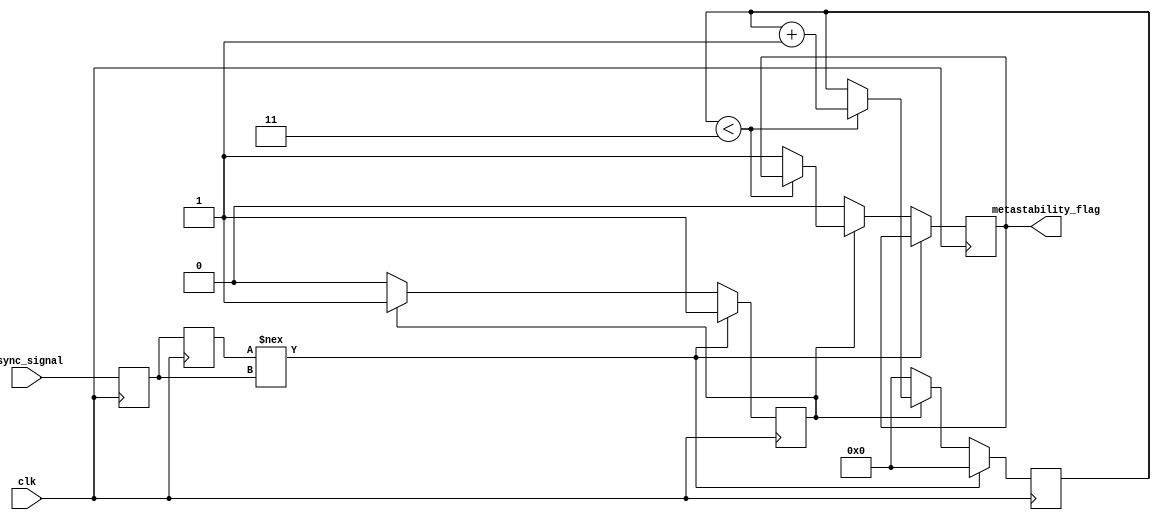
module metastability_detector #(
    parameter NUM_SAMPLES = 4 // Number of clock cycles to confirm metastability
)(
    input wire clk,                // Sampling clock
    input wire async_signal,       // Asynchronous input signal
    output reg metastability_flag   // Flag indicating metastability
);

    // Internal signals
    reg latch1, latch2;
    reg [NUM_SAMPLES-1:0] sample_counter; // Counter to track number of samples
    reg metastable_detected;             // Intermediate metastability detection flag

    // Initial values
    initial begin
        latch1 = 1'b0;
        latch2 = 1'b0;
        metastability_flag = 1'b0;
        sample_counter = 0;
        metastable_detected = 1'b0;
    end

    // Latch1: Sample the asynchronous signal
    always @(posedge clk) begin
        latch1 <= async_signal;
    end

    // Latch2: Sample the output of Latch1
    always @(posedge clk) begin
        latch2 <= latch1;
    end

    // Metastability detection logic
    always @(posedge clk) begin
        if (latch2 !== latch1) begin
            // Latch2 is in a metastable state
            metastable_detected <= 1'b1;
            sample_counter <= 0; // Reset counter
        end else if (metastable_detected) begin
            // Increment the sample counter if metastability was detected
            if (sample_counter < NUM_SAMPLES - 1) begin
                sample_counter <= sample_counter + 1;
            end else begin
                // If counter reaches threshold, assert the metastability flag
                metastability_flag <= 1'b1;
            end
        end else begin
            // Reset detection if stable
            metastable_detected <= 1'b0;
            sample_counter <= 0;
            metastability_flag <= 1'b0; // Clear flag when stable
        end
    end

endmodule